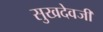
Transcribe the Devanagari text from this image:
सुखदेवजी